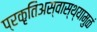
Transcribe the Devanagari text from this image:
प्रकृतिअस्वास्थ्यामुळं